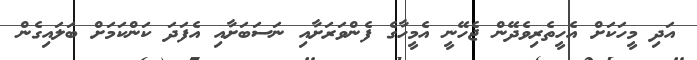
އަދި މީހަކަށް އެހީތެރިވެދޭން ޖެހޭނީ އެމީހާގެ ފެންވަރަށާއި ނަސަބަށާއި އެފަދަ ކަންކަމަށް ބަލައިގެން